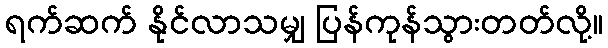
ရက်ဆက် နိုင်လာသမျှ ပြန်ကုန်သွားတတ်လို့။